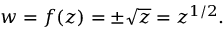
w = f ( z ) = \pm { \sqrt { z } } = z ^ { 1 / 2 } .